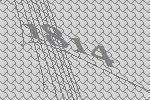
1814